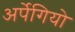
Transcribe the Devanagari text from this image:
अर्पेगियो